Report on vaccination in the Province of Bengal - 1869-1873
Year: 1869
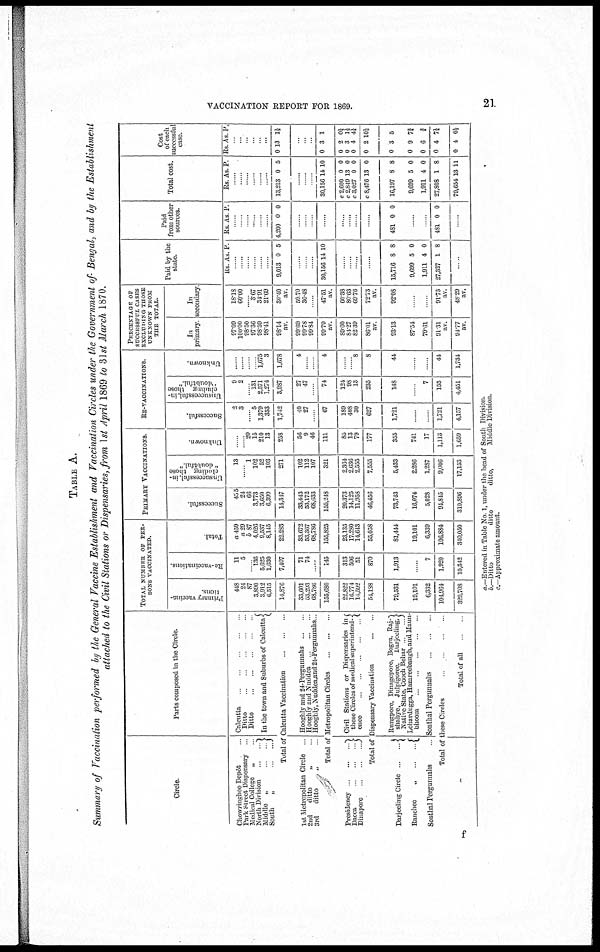
VACCINATION REPORT FOR 1869.
21
TABLE A.
Summary of Vaccination performed by the General Vaccine Establishment and Vaccination Circles under the Government of Bengal, and by the Establishment
attached to the Civil Stations or Dispensaries, from 1st April 1869 to 31st March 1870.
Circle.
Chowringhee Depôt
Park Street Dispensary
Medical College
„
North Division
..
Middle
„
South
„
Parts composed in the Circle.
Calcutta ...
Ditto .. ..
Ditto
..
..
In the town and Suburbs of Calcutta
Total of Calcutta Vaccination
...
...
...
1st Metropolitan Circle
2nd
ditto
„
3rd
ditto
„
Hooghly and 24-Pergunnahs
..
Hooghly and Nuddea ..
Hooghly, Nuddea,and24-Pergunuahs
Total of Metropolitan Circles ... ...
Presidency
.
...
Dacca
...
Dmapore
...
Civil Stations or Dispensaries in
these Circles of medical superintend¬
ence
...
Total of Dispensary Vaccination
Darjeeling Circle
...
Ranchee
„
..
..
Sonthal Pergunnahs ..
Rungpore, Dinagepore, Bogra, Raj¬
shahye, Julpigoree,
Darjeeling,
Native State, Cooch Behar
Lohardugga, Hazareebaugh, and Maun¬
bhoom ... ... ... ...
Sonthal Pergunnalis
...
...
...
Total of these Circles ... ...
Total of all
TOTAL NUMBER OF PER-
---- VACCINATED.
Primary vaccina¬
tions.
448
24
87
3,890
3,912
6,515
14,876
33,601
53,293
68,786
155,680
22,822
16,774
14,592
54,138
79,531
19,101
6,332
104,964
329,708
Re-vaccinations.
11
5
.. 136
5,625
1,630
7,407
71
74
...
145
313
506
51
870
1,913
....
7
1,920
10,342
Total
a 459
a 29
b 87
4,026
9,537
8,145
22,283
33,672
53,367
68,786
155,825
23,135
17,280
14,643
55,058
81,414
19,101
6,339
106,884
340,050
PRIMARY VACCINATIONS.
Successful.
435
24
66
3,773
3,650
6,399
14,347
33,443
53,172
68,633
155,248
20,373 14,125 11,958
46,456
73,743
16,074
5,028
94,845
310,896
Unsuccessful, in-
cluding those
" doubtful."
13
..
1
102
52
103
271
102
112
107
321
2,364
2,636
2,355
7,555
5,433
2,286
1,287
9,006
17,153
Unknown.
...
.. 20
15
210
13
258
56
9
46
111
83
13
79
177
355
741
17
1,113
1,659
RE-VACCINATIONS.
Successful.
2
3
...... 5
1,379
353
1,742
40
27
....
67
189
408
30
627
1,721
....
....
1,721
4,157
Unsuccessful, in-
cluding those
"doubtful"
9
2
...... 131
2,571
1,274
3,987
27
47
....
74
124
98
13
235
148
....
7
155
4,451
Unknown.
.....
....
....
.... 1,675
3
1,678
4
....
....
4
....
.... 8
8
44
....
....
44
1,734
PERCENTAGE OF
SUCCESSFUL CASES
EXCLUDING THOSE
UNKNOWN FROM
THE TOTAL
In
primary
97.09
100.00
98.50
97.36
98.59
98.41
98.14
av
99.69
99.78
99.84
99.79
av.
89.60
84.27
82.39
86.01
av.
93.13
87.54
79.61
91.31
av.
94.77
av
In
secondary
18.18
60.00
... 3.67
34.91
21.69
30.40
av.
59.70
36.48
....
47.51
av.
60.38
80.63
69.76
72.73
av.
92.08
....
....
91.73
av.
48.29
av.
Paid by the
state.
Rs. As. P.
....
....
....
....
....
....
9,013 0 5
....
....
....
30,156 14 10
....
....
....
....
15,716
9,699
1,911
27,327
8
5
4
1
8
0
0
8
...
Paid
from other
sources.
Rs. As. P.
....
....
....
....
....
....
4,200 0 0
....
....
....
....
....
....
....
....
481 0 0
....
....
481 0 0
...
Total cost.
Rs. As. P.
....
....
....
....
....
....
13,213 0 5
....
....
30,156
c 2,600
c 2,849
c 3,027
c 8,476
16,197
9,699
1,911
27,808
79,654
14
0
13
0
13
8
5
4
1
13
10
0
0
0
0
8
0
0
8
11
Cost
of each
successful
case.
Rs. As. P.
....
....
....
.... ....
....
0 13 1½
....
....
....
0
0
0
0
0
0
0
0
0
0
3
2
3
4
2
3
9
6
4
4
1
0½
1½
4¼
10½
5
7¾
¾
7½
0½
a —Entered in Table No 1, under the head of South Division.
b.—Ditto
ditto
ditto,
Middle Division.
c—Approximate
amount.
f